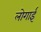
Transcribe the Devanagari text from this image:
लोगाई